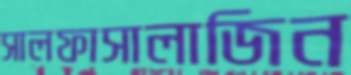
সালফাসালাজিন